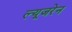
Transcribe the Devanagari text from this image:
ल्यूजरेन